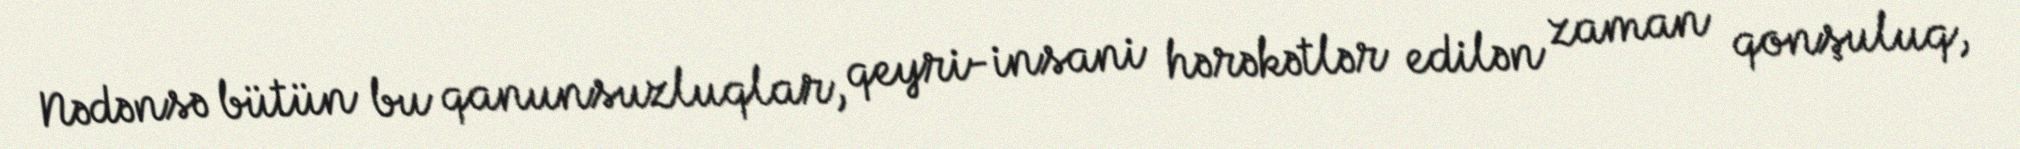
Nədənsə bütün bu qanunsuzluqlar, qeyri-insani hərəkətlər edilən zaman qonşuluq,